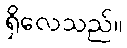
ရှိလေသည်။